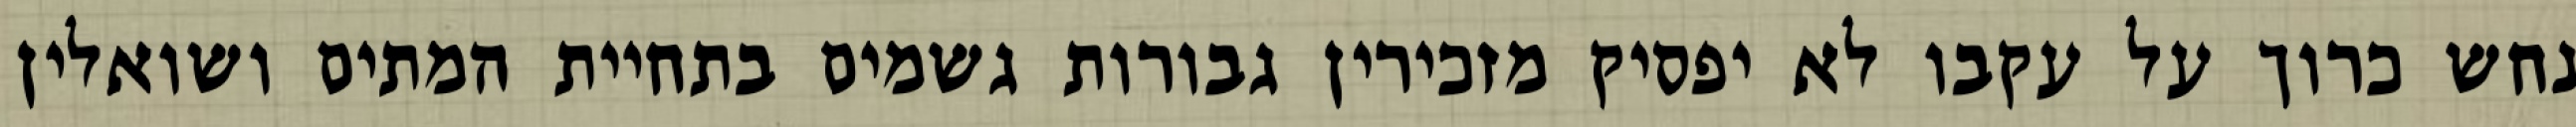
נחש כרוך על עקבו לא יפסיק מזכירין גבורות גשמים בתחיית המתים ושואלין